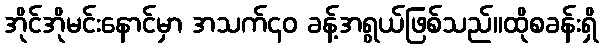
အိုင်အိုမင်းနောင်မှာ အသက်၄၀ ခန့်အရွယ်ဖြစ်သည်။ထိုစခန်းရှိ